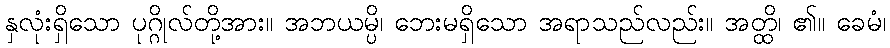
နှလုံးရှိသော ပုဂ္ဂိုလ်တို့အား။ အဘယမ္ပိ၊ ဘေးမရှိသော အရာသည်လည်း။ အတ္ထိ၊ ၏။ ခေမံ၊